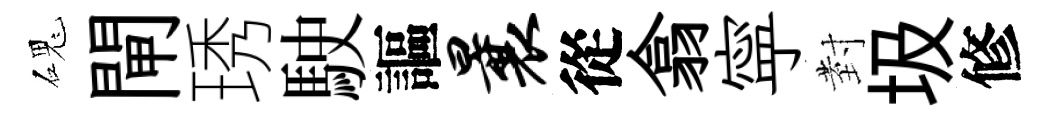
磈閘琇駛謳曩從翕寜𭔹圾修